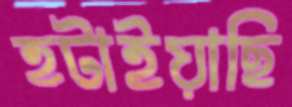
হটাইয়াছি